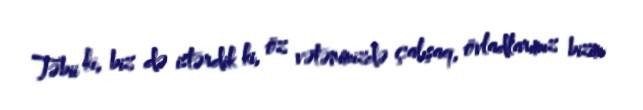
Təbii ki, biz də istərdik ki, öz vətənimizdə çalışaq, övladlarımız bizim